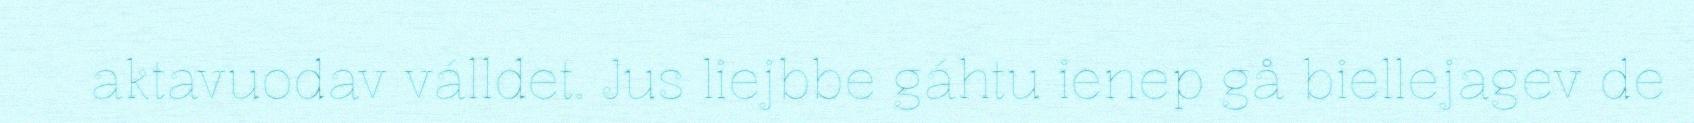
aktavuodav válldet. Jus liejbbe gáhtu ienep gå biellejagev de